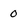
Character: 0